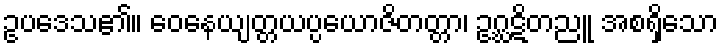
ဥပဒေသ၏။ ဝေနေယျတ္တယပ္ပယောဇိတတ္တာ၊ ဥဂ္ဃဋိတညူ အစရှိသော